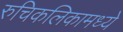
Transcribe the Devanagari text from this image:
रुचिकलिकामध्ये